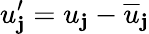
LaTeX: u_{\mathbf{j}}^{\prime}=u_{\mathbf{j}}-\overline{{{u}}}_{\mathbf{j}}